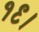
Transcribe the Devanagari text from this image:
१९।